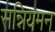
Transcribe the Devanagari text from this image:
सन्नियमन